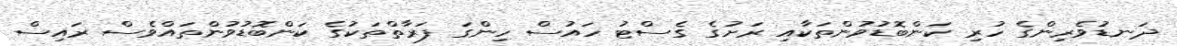
ދަނޑުވެރިންގެ ހުރި ކަންބޮޑުވުންތަކާއި ރަށުގެ ގެސްޓު ހައުސް ހިންގަ ފަރާތްތަކުގެ ކަންބޮޑުވުންތައްވެސް ރައިސް